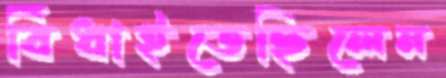
বিঁধাইতেছিলেন